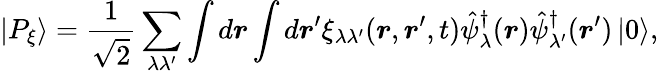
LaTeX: \left|P_{\xi}\right\rangle=\frac{1}{\sqrt{2}}\sum_{\lambda\lambda^{\prime}}\int d\boldsymbol{r}\int d\boldsymbol{r}^{\prime}\xi_{\lambda\lambda^{\prime}}(\boldsymbol{r},\boldsymbol{r}^{\prime},t)\hat{\psi}_{\lambda}^{\dagger}(\boldsymbol{r})\hat{\psi}_{\lambda^{\prime}}^{\dagger}(\boldsymbol{r}^{\prime})\left|0\right\rangle,